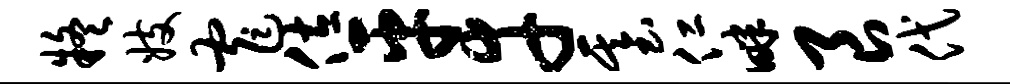
疑妓窄佐平幸基仁畔良代